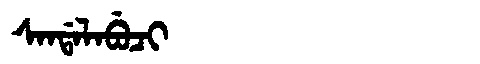
Manchu: ᠰᠠᠨᡩᠠᠯᠠᠪᡠᠴᡳ
Romanization: SANDALABUCI